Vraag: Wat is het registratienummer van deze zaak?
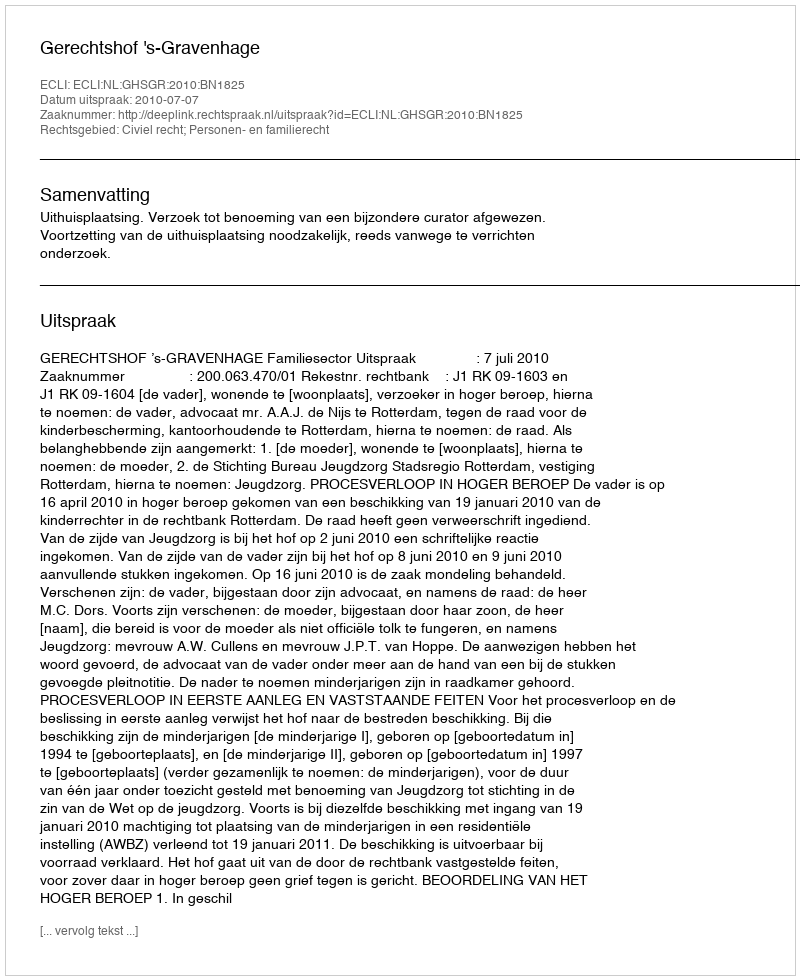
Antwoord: http://deeplink.rechtspraak.nl/uitspraak?id=ECLI:NL:GHSGR:2010:BN1825